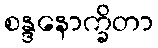
စန္ဒနောက္ခိတာ